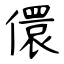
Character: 儇